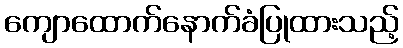
ကျောထောက်နောက်ခံပြုထားသည့်